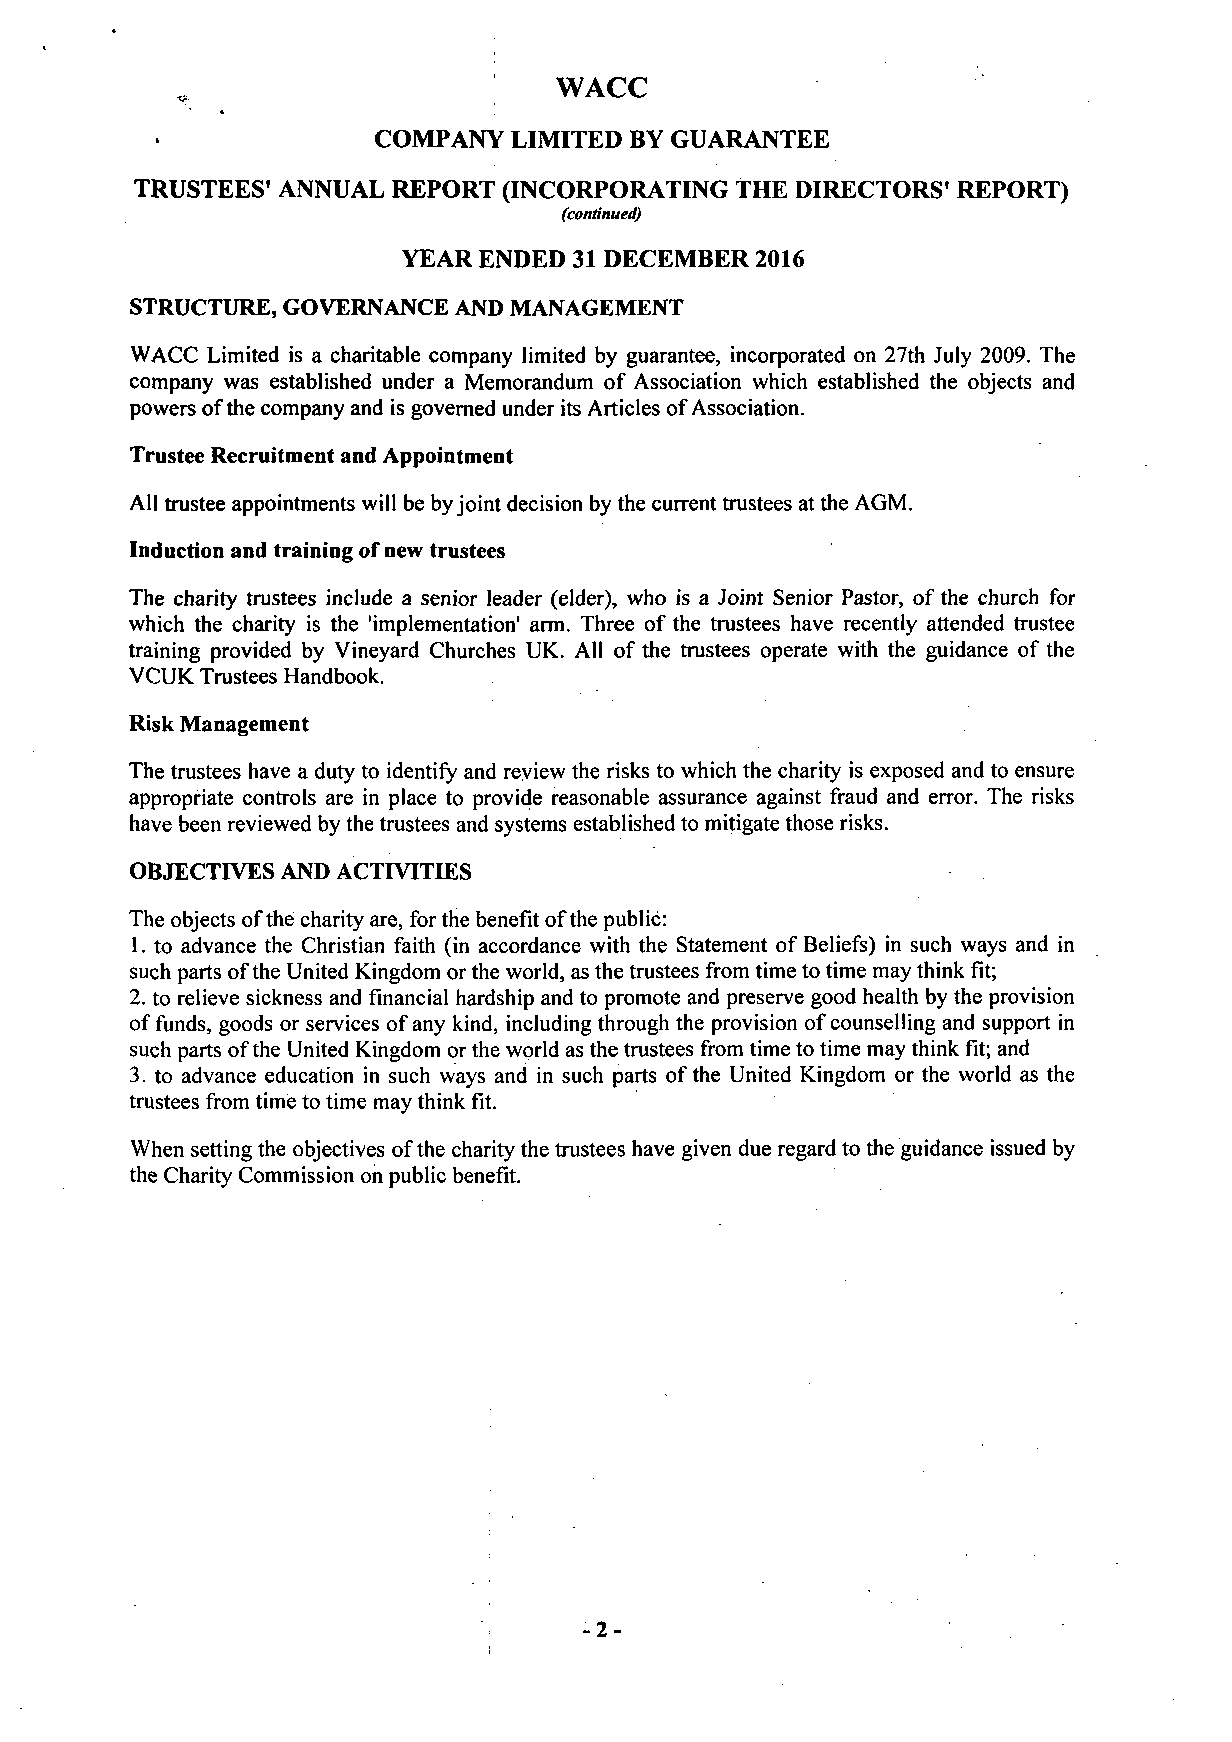
WACC
 COMPANY  LIMITED BY GUARANTEE
 TRUSTEES' ANNUAL REPORT (INCORPORATING THE DIRECTORS' REPORT)
 (continued)
 YEAR ENDED 31 DECEMBER 2016
 STRUCTURE, GOVERNANCE AND MANAGEMENT
 WACC Limited is a charitable company limited by guarantee, incorporated on 27th July 2009. The
 company was established under a Memorandum of Association which established the objects and
 powers of the company and is governed under its Articles of Association.
 Trustee Recruitment and Appointment
 All trustee appointments will be by joint decision by the current trustees at the AGM.
 Induction and training of new trustees
 The charity trustees include a senior leader (elder), who is a Joint Senior Pastor, of the church for
 which the charity is the 'implementation' arm. Three of the trustees have recently attended trustee
 training provided by Vineyard Churches UK. All of the trustees operate with the guidance of the
 VCUK Trustees Handbook.
 Risk Management
 The trustees have a duty to identify and review the risks to which the charity is exposed and to ensure
 appropriate controls are in place to provide reasonable assurance against fraud and error. The risks
 have been reviewed by the trustees and systems established to mitigate those risks.
 OBJECTIVES AND ACTIVITIES
 The objects of the charity are, for the benefit of the public:
 1. to advance the Christian faith (in accordance with the Statement of Beliefs) in such ways and in
 such parts of the United Kingdom or the world, as the trustees from time to time may think fit;
 2. to relieve sickness and financial hardship and to promote and preserve good health by the provision
 of funds, goods or services of any kind, including through the provision of counselling and support in
 such parts of the United Kingdom or the world as the trustees from time to time may think fit; and
 3. to advance education in such ways and in such parts of the United Kingdom or the world as the
 trustees from time to time may think fit.
 When setting the objectives of the charity the trustees have given due regard to the guidance issued by
 the Charity Commission on public benefit.